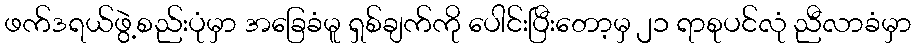
ဖက်ဒရယ်ဖွဲ့စည်းပုံမှာ အခြေခံမူ ရှစ်ချက်ကို ပေါင်းပြီးတော့မှ ၂၁ ရာစုပင်လုံ ညီလာခံမှာ